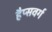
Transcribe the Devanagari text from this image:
हैप्सवर्ग